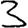
Digit: 3